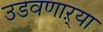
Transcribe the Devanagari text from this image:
उडवणाऱ्या